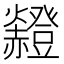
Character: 𧺄